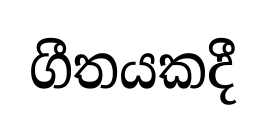
ගීතයකදී